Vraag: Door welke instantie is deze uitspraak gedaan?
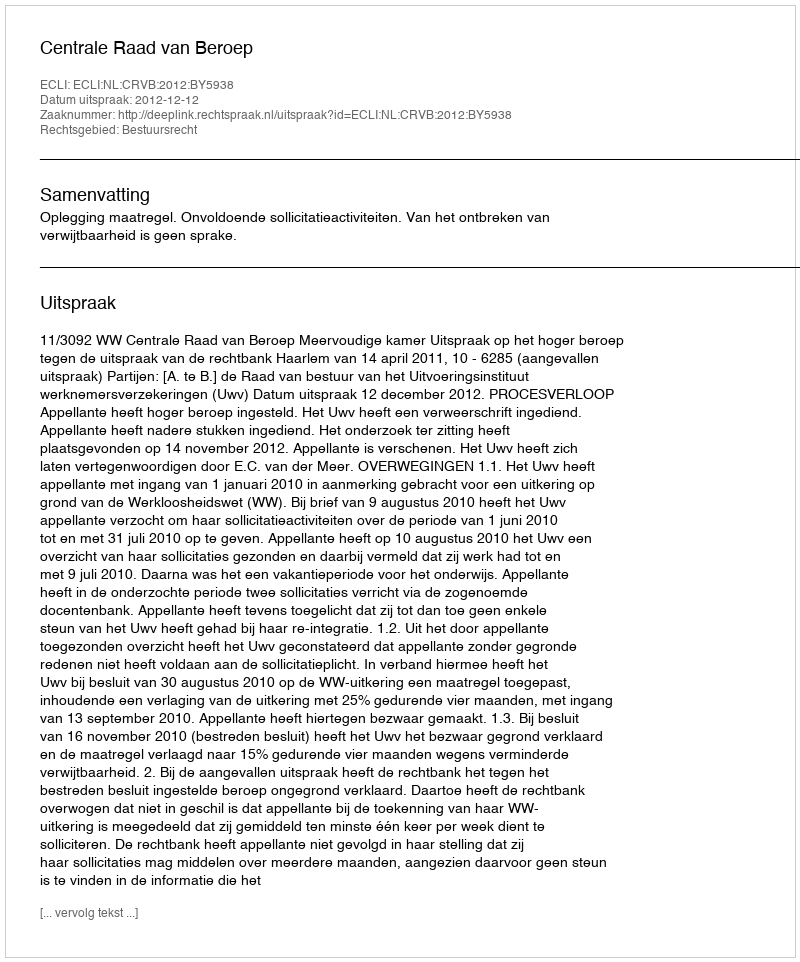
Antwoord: Centrale Raad van Beroep